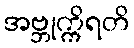
အဗ္ဘုက္ကိရတိ